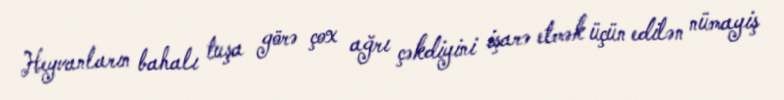
Heyvanların bahalı tuşa görə çox ağrı çəkdiyini işarə etmək üçün edilən nümayiş